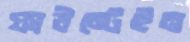
ফাউন্টেইন